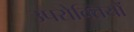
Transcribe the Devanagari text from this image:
उपरोक्तियों